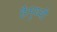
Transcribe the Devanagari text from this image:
है।पृथ्वी